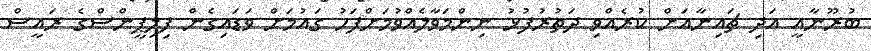
ބުރޫނާއީ އަދި ޗައިނާއަށް ކުރެއްވި ދަތުރުފުޅު ނިންމަވާލެއްވުމަށްފަހު ގައުމަށް ވަޑައިގެން ފިލިޕީންސްގެ ރައީސް